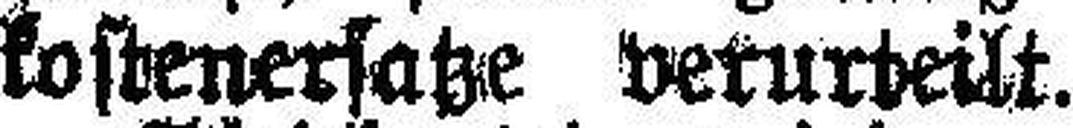
kostenersatze verurteilt.